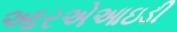
આરએઆઇડી